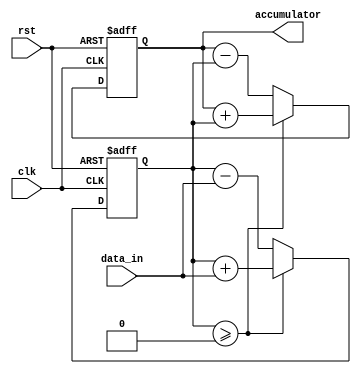
module CascadedAccumulator(input clk,
                               input rst,
                               input signed [15:0] data_in,
                               output reg signed [31:0] accumulator);

reg signed [15:0] block1_out;
reg signed [15:0] block2_out;

always @(posedge clk or posedge rst) begin
  if(rst) begin
    accumulator <= 0;
    block1_out <= 0;
    block2_out <= 0;
  end else begin
    // Arithmetic block 1
    if(block1_out >= 0) begin
      block1_out <= block1_out + data_in;
    end else begin
      block1_out <= block1_out - data_in;
    end
    
    // Pass output of block 1 to block 2
    if(block1_out >= 0) begin
      accumulator <= accumulator + block1_out;
    end else begin
      accumulator <= accumulator - block1_out;
    end
    
    // Arithmetic block 2
    if(block2_out >= 0) begin
      block2_out <= block2_out + block1_out;
    end else begin
      block2_out <= block2_out - block1_out;
    end
  end
end

endmodule